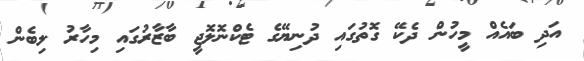
އަދި ބައެއް މީހުން ދެކޭ ގޮތުގައި ދުނިޔޭގެ ޓެކްނޮލޮޖީ ބާޒާރުގައި މިހާރު ލިބެން